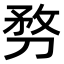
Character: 𠝸